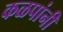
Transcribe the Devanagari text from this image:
कळपांनी